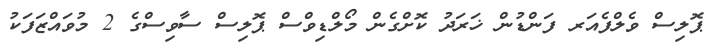
ޕޮލިސް ވެލްފެއަރ ފަންޑުން ޚަރަދު ކޮށްގެން މޯލްޑިވްސް ޕޮލިސް ސާވިސްގެ 2 މުވައްޒަފަކު